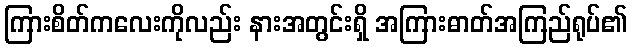
ကြားစိတ်ကလေးကိုလည်း နားအတွင်းရှိ အကြားဓာတ်အကြည်ရုပ်၏